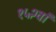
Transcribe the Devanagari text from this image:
१५२वां